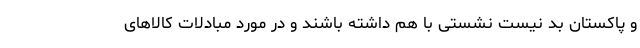
و پاکستان بد نیست نشستی با هم داشته باشند و در مورد مبادلات کالاهای